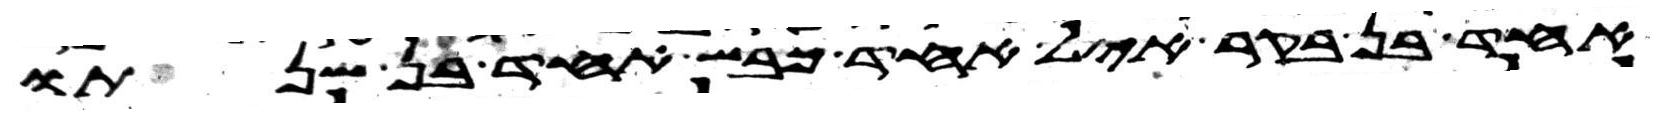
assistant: אחד בן בקר איל אחד כבש אחד בן שנתו